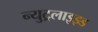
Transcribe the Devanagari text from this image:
न्युट्रलाइझ्ड